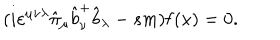
( i \varepsilon ^ { \mu \nu \lambda } \hat { \pi } _ { \mu } \hat { b } _ { \nu } ^ { + } \hat { b } _ { \lambda } - s m ) { \bf f } ( x ) = 0 .